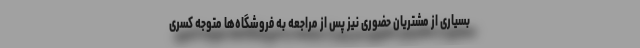
بسیاری از مشتریان حضوری نیز پس از مراجعه به فروشگاه‌ها متوجه کسری